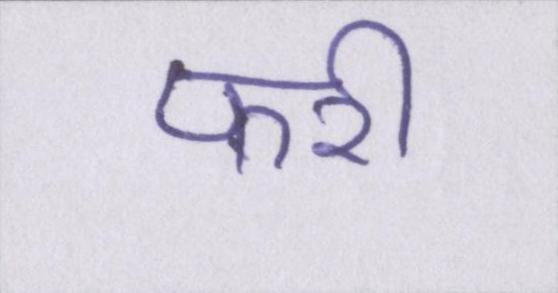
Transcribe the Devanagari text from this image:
फरी